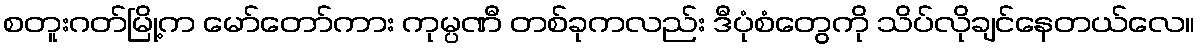
စတူးဂတ်မြို့က မော်တော်ကား ကုမ္ပဏီ တစ်ခုကလည်း ဒီပုံစံတွေကို သိပ်လိုချင်နေတယ်လေ။